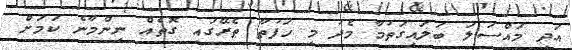
އަދި މައްސަލަ ބަލައިގަތުމާ މެދު މި ހަފުތާ ތެރޭގައި ގޮތެއް ނިންމާނެ ކަމަށް